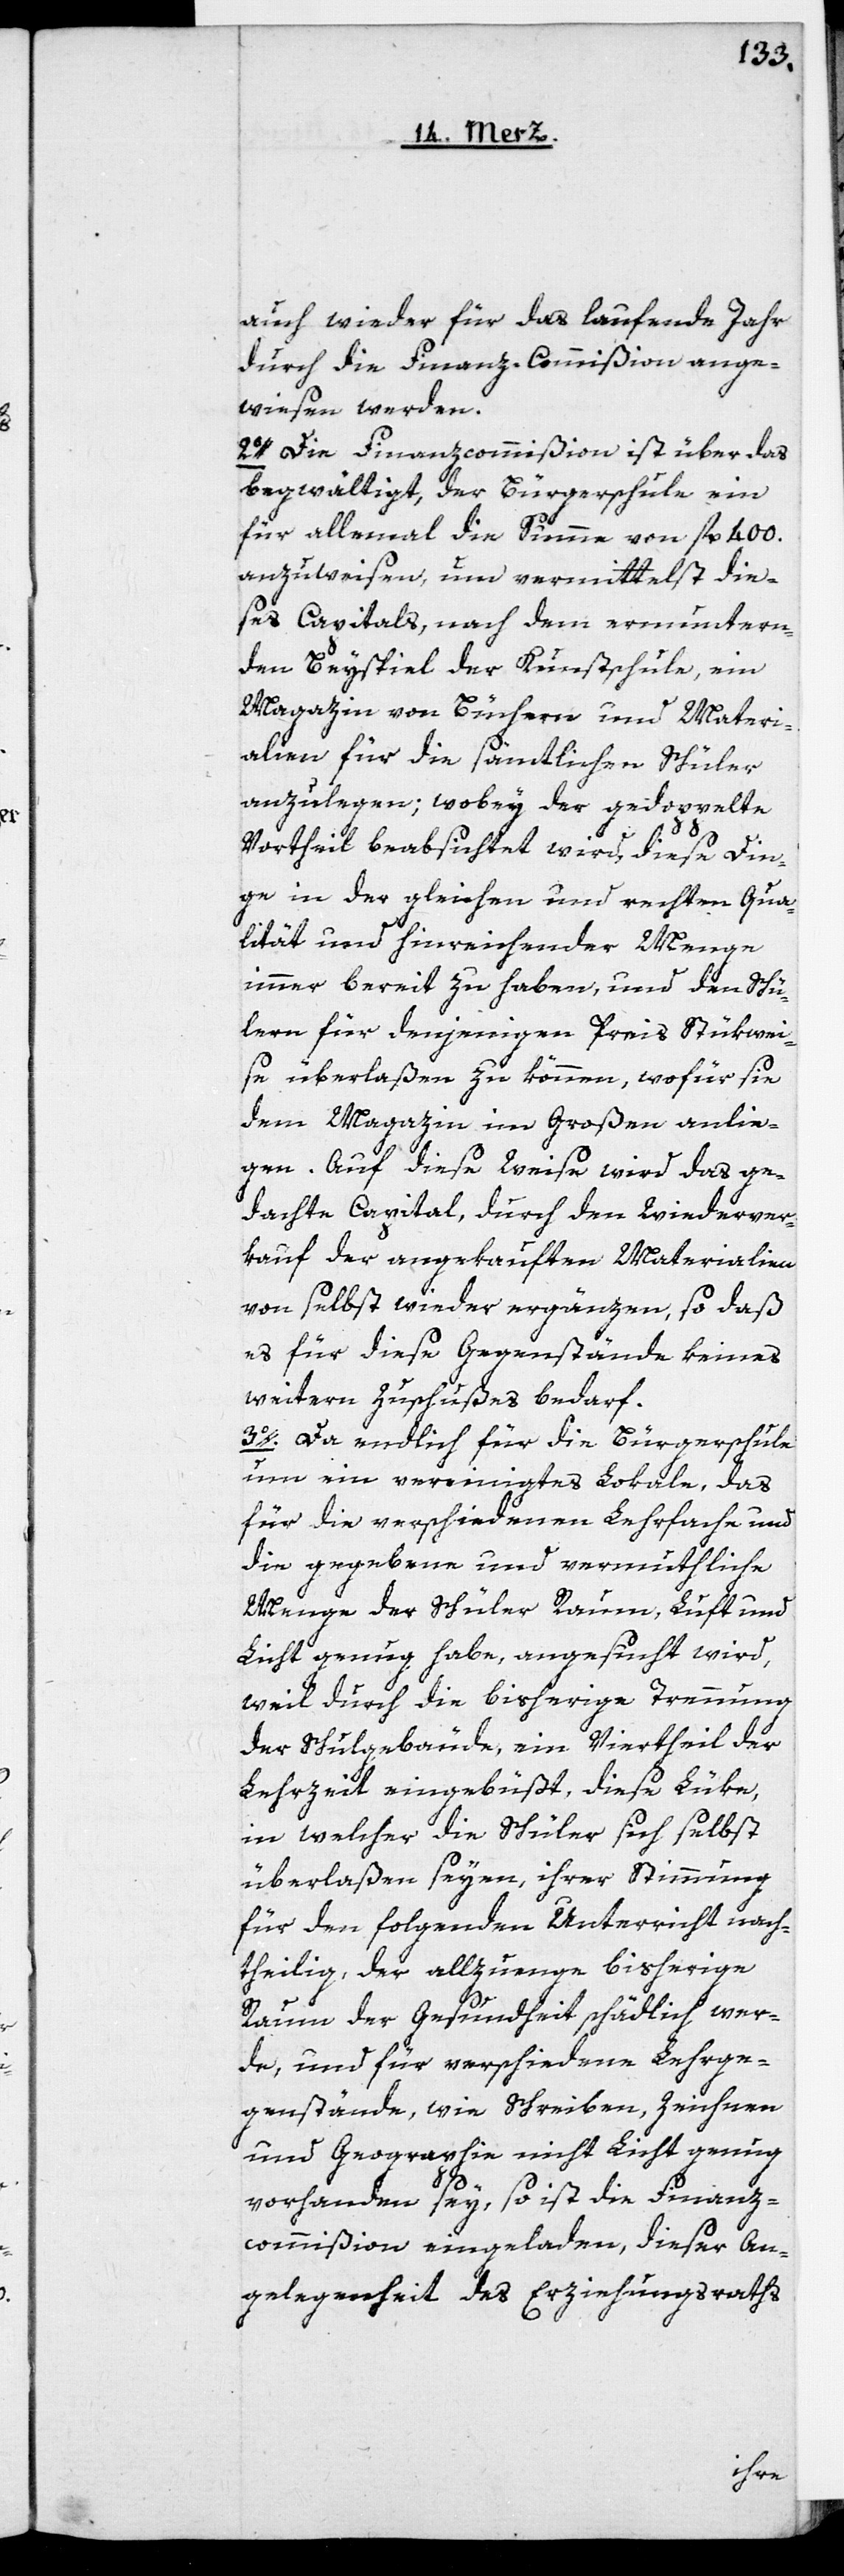
auch wieder für das laufende Jahr
durch die Finanz-Commißion ange¬
wiesen werden.
2o. Die Finanzcommißion ist über das
begwältigt, der Bürgerschule ein
für allemal die Summe von fl. 400.
anzuweisen, um vermittelst die¬
ses Capitals nach dem ermuntern¬
den Beyspiel der Kunstschule, ein
Magazin von Büchern und Materi¬
alien für die sämtlichen Schüler
anzulegen; wobey der gedoppelte
Vortheil beabsichtet wird, diese Din¬
ge in der gleichen und rechten Qua¬
lität und hinreichender Menge
immer bereit zu haben, und den Schü¬
lern für denjenigen Preis stükweis¬
e überlaßen zu können, wofür sie
dem Magazin im großen anlie¬
gen. Auf diese Weise wird das ge¬
dachte Capital, durch den Wiederver¬
kauf der angekauften Materialien
von selbst wieder ergänzen, so daß
es für diese Gegenstände keines
weiteren Zuschußes bedarf.
3o. Da endlich für die Bürgerschule
um ein vereinigtes Lokale, das
für die verschiedenen Lehrfache und
die gegebene und vermuthliche
Menge der Schüler Raum, Luft und
Licht genug habe, angesucht wird,
weil durch die bisherige Trennung
der Schulgebäude, ein Viertheil der
Lehrzeit eingebüßt, diese Lüke,
in welcher die Schüler sich selbst
überlaßen seyen, ihrer Stimmung
für den folgenden Unterricht nach¬
theilig, der allzuenge bisherige
Raum der Gesundheit schädlich wer¬
de, und für verschiedene Lehrge¬
genstände, wie Schreiben, Zeichnen
und Geographie nicht Licht genug
vorhanden sey, so ist die Finanz¬
commißion eingeladen, dieser An¬
gelegenheit des Erziehungsraths